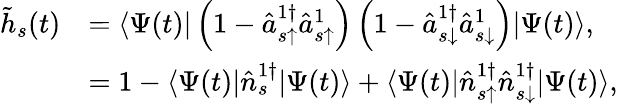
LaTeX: \begin{array}{rl}{\tilde{h}_{s}(t)}&{=\langle\Psi(t)|\left(1-\hat{a}_{s\uparrow}^{1\dagger}\hat{a}_{s\uparrow}^{1}\right)\left(1-\hat{a}_{s\downarrow}^{1\dagger}\hat{a}_{s\downarrow}^{1}\right)|\Psi(t)\rangle,}\\ &{=1-\langle\Psi(t)|\hat{n}_{s}^{1\dagger}|\Psi(t)\rangle+\langle\Psi(t)|\hat{n}_{s\uparrow}^{1\dagger}\hat{n}_{s\downarrow}^{1\dagger}|\Psi(t)\rangle,}\end{array}